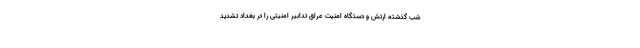
شب گذشته ارتش و دستگاه امنیت عراق تدابیر امنیتی را در بغداد تشدید